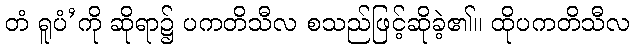
တံ ရူပံ’ကို ဆိုရာ၌ ပကတိသီလ စသည်ဖြင့်ဆိုခဲ့၏။ ထိုပကတိသီလ